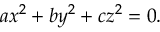
a x ^ { 2 } + b y ^ { 2 } + c z ^ { 2 } = 0 .